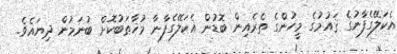
އެކަލޭގެފާނުގެ ޤައުމުގެ މީހުންގެ ތެރެއިން ބޮޑުން އެކަލޭގެފާނާ މުޚާޠަބުކޮށް ބުނަމުން ދިޔައެވެ.